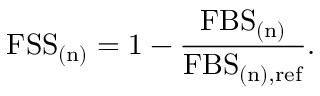
\mathrm { F S S } _ { \mathrm { ( n ) } } = 1 - \frac { \mathrm { F B S } _ { \mathrm { ( n ) } } } { \mathrm { F B S } _ { \mathrm { ( n ) , r e f } } } .